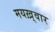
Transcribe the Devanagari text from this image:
मयख़्वार